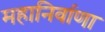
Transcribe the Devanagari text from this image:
महानिर्वाणा